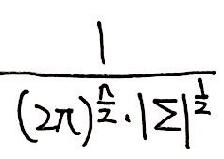
$\frac{1}{(2\pi)^{\frac{n}{2}}\cdot|\Sigma|^{\frac{1}{2}}}$